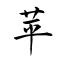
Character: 苹